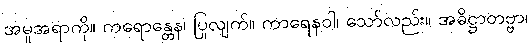
အမူအရာကို။ ကရောန္တေန၊ ပြုလျက်။ ကာရေနဝါ၊ သော်လည်း။ အဓိဋ္ဌာတဗ္ဗာ၊